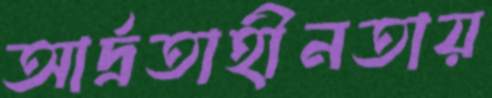
আর্দ্রতাহীনতায়